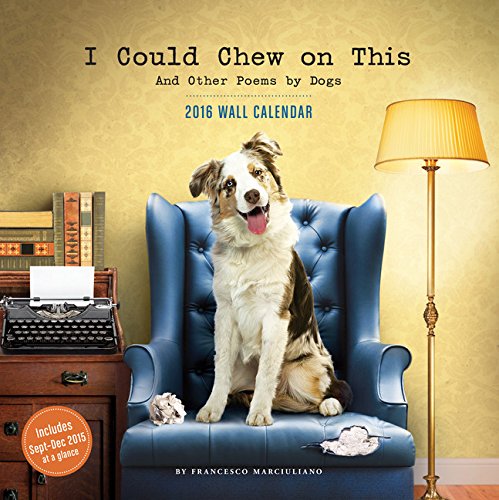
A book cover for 2016 Wall Calendar: I Could Chew on This; Francesco Marciuliano; Calendars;